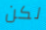
لكن